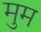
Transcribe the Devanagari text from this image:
मुम